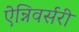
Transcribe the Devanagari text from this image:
ऐन्निवर्सरी